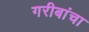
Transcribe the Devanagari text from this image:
गरीबांचा